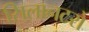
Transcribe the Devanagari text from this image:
सिलानटरो